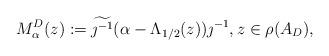
LaTeX: \begin{align*} M^D_\alpha(z) := \widetilde{\jmath^{-1}}(\alpha - \Lambda_{1/2}(z))\jmath^{-1}, z\in \rho(A_D), \end{align*}